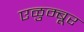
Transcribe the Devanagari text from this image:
एळुम्बूर